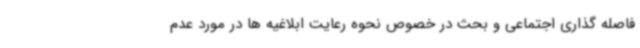
فاصله گذاری اجتماعی و بحث در خصوص نحوه رعایت ابلاغیه ها در مورد عدم